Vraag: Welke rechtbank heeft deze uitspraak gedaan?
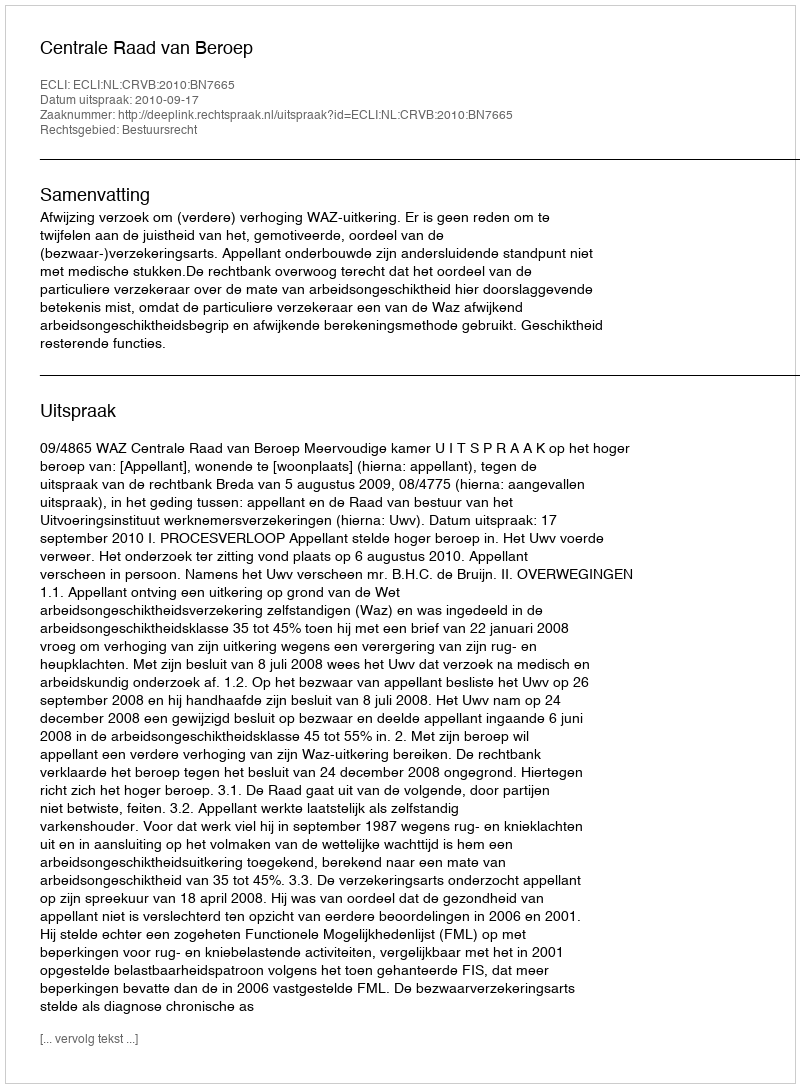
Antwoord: Centrale Raad van Beroep